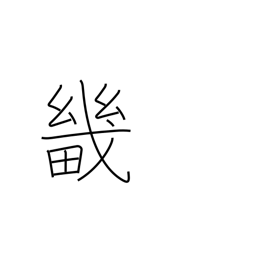
Meaning: capital